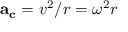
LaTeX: \mathbf { a } _ { \mathbf { c } } = v ^ { 2 } / r = \omega ^ { 2 } r